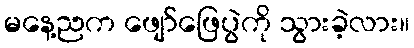
မနေ့ညက ဖျော်ဖြေပွဲကို သွားခဲ့လား။